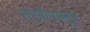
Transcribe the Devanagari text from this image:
ग्रांप्रीपासून